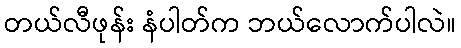
တယ်လီဖုန်း နံပါတ်က ဘယ်လောက်ပါလဲ။